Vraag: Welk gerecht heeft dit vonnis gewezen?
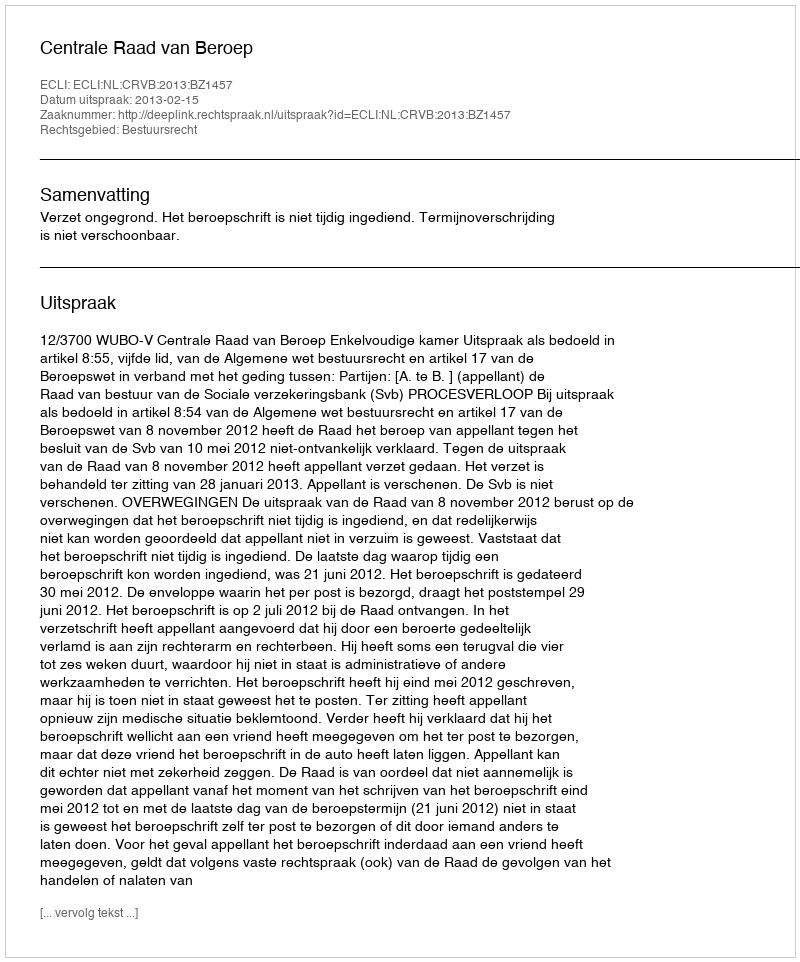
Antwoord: Centrale Raad van Beroep